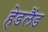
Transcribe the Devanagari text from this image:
हेडलैंड